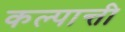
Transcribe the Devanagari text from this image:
कल्पान्ती